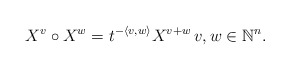
\begin{align*}X^v \circ X^w = t^{ -\langle v, w \rangle} X^{v+w} \, v,w\in \mathbb{N}^n.\end{align*}